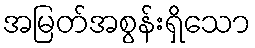
အမြတ်အစွန်းရှိသော